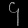
Digit: ၄